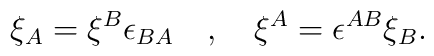
\xi_{A}=\xi^{B}\epsilon_{BA}\quad,\quad \xi^{A}=\epsilon^{AB}\xi_{B}.